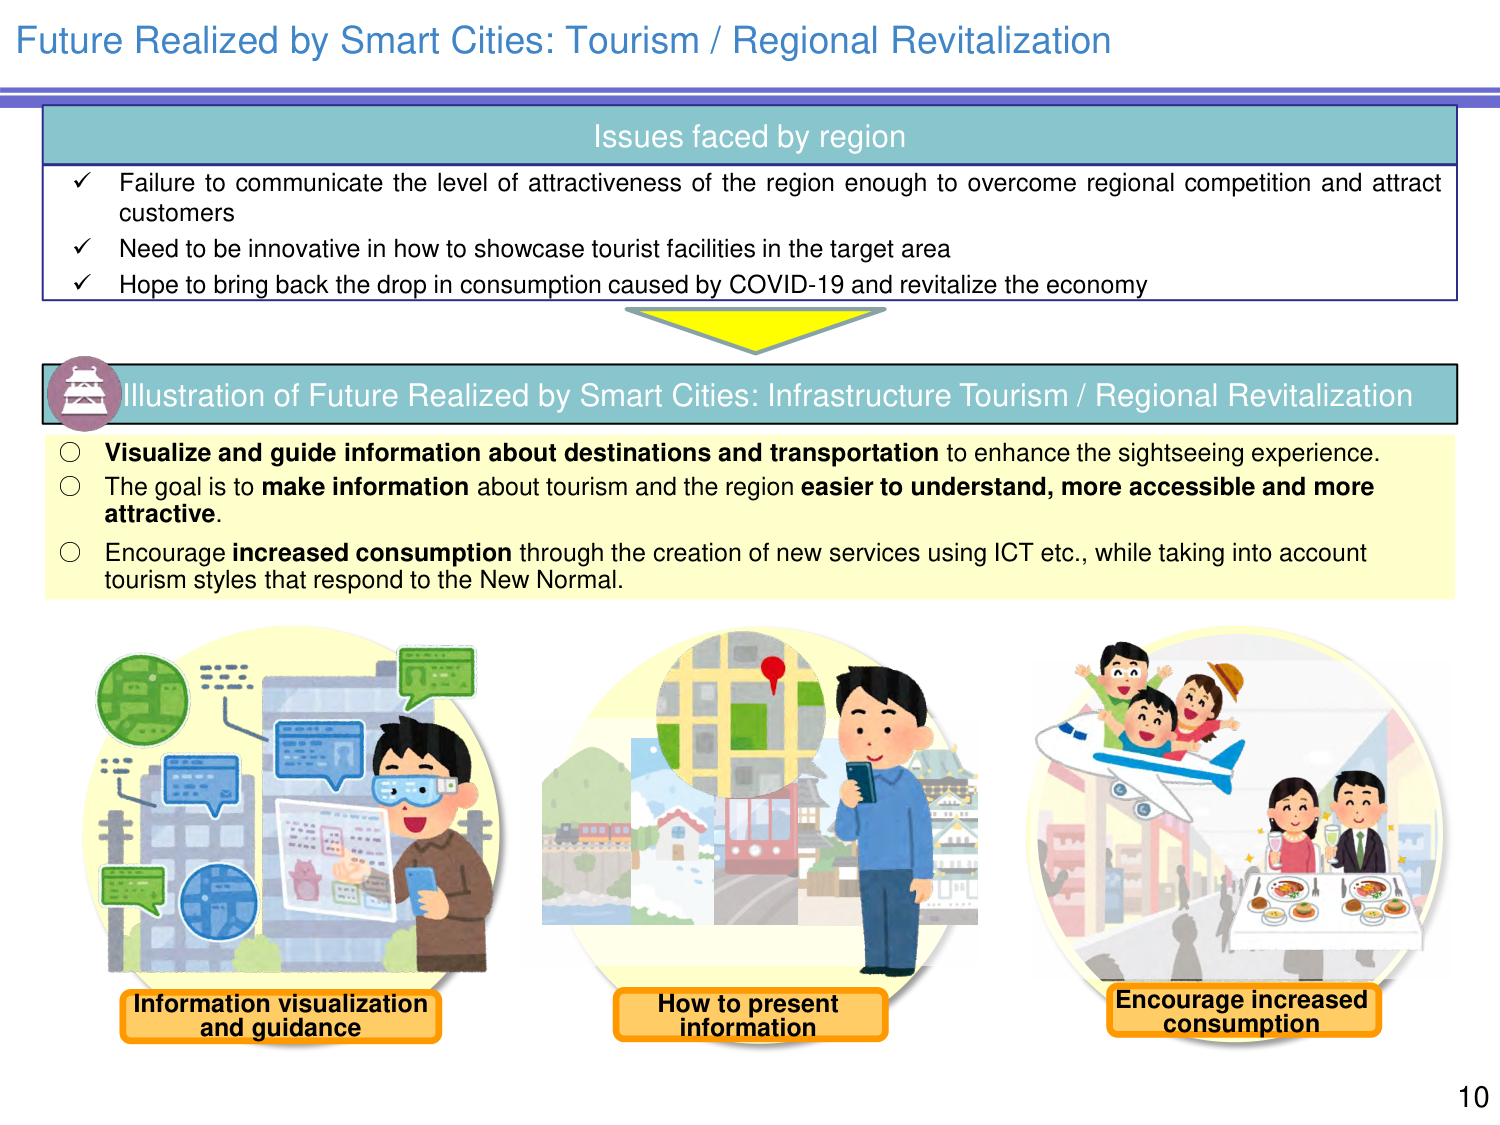
Future Realized by Smart Cities: Tourism / Regional Revitalization

Issues faced by region
✓ Failure to communicate the level of attractiveness of the region enough to overcome regional competition and attract customers
✓ Need to be innovative in how to showcase tourist facilities in the target area
✓ Hope to bring back the drop in consumption caused by COVID-19 and revitalize the economy

Illustration of Future Realized by Smart Cities: Infrastructure Tourism / Regional Revitalization
○ Visualize and guide information about destinations and transportation to enhance the sightseeing experience.
○ The goal is to make information about tourism and the region easier to understand, more accessible and more attractive.
○ Encourage increased consumption through the creation of new services using ICT etc., while taking into account tourism styles that respond to the New Normal.

Information visualization and guidance
How to present information
Encourage increased consumption

10